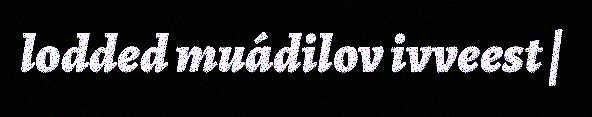
lodded muádilov ivveest |